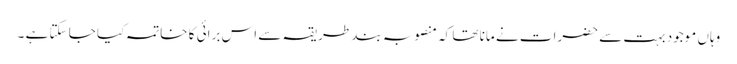
وہاں موجود بہت سے حضرات نے مانا تھا کہ منصوبہ بند طریقہ سے اس برائی کا خاتمہ کیا جا سکتا ہے ۔